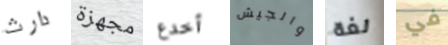
دارث مجهزة أخدع والجيش لغة في